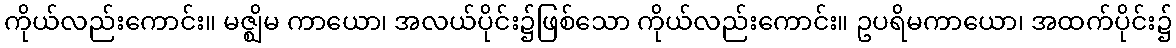
ကိုယ်လည်းကောင်း။ မဇ္ဈိမ ကာယော၊ အလယ်ပိုင်း၌ဖြစ်သော ကိုယ်လည်းကောင်း။ ဥပရိမကာယော၊ အထက်ပိုင်း၌